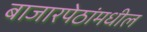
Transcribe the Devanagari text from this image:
बाजारपेठांमधील